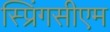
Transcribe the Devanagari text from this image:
स्प्रिंगसीएम